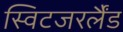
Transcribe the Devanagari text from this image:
स्विटजरर्लैंड